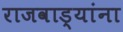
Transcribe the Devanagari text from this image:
राजवाड्यांना